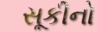
સૂકીનો